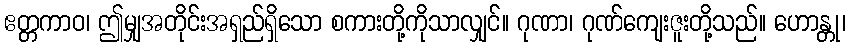
ဧတ္တကာဝ၊ ဤမျှအတိုင်းအရှည်ရှိသော စကားတို့ကိုသာလျှင်။ ဂုဏာ၊ ဂုဏ်ကျေးဇူးတို့သည်။ ဟောန္တု၊